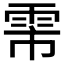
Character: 𬯻